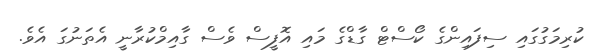
ކުރިމަގުގައި ސިފައިންގެ ކޯސްޓް ގާޑްގެ މައި އޮފީސް ވެސް ގާއިމްކުރާނީ އެތަނުގަ އެވެ.